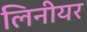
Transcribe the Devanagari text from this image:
लिनीयर